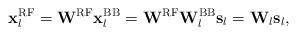
LaTeX: \begin{align*}\mathbf{x}^{\mathrm{RF}}_l = \mathbf{W}^{\mathrm{RF}} \mathbf{x}^{\mathrm{BB}}_l = \mathbf{W}^{\mathrm{RF}} \mathbf{W}^{\mathrm{BB}}_l \mathbf{s}_l = \mathbf{W}_l \mathbf{s}_l,\end{align*}